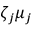
\zeta _ { j } \mu _ { j }